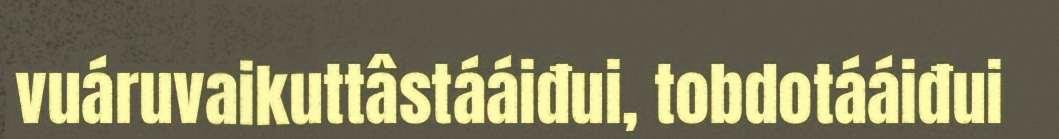
vuáruvaikuttâstááiđui, tobdotááiđui